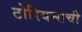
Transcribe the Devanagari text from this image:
टोरियन्सची